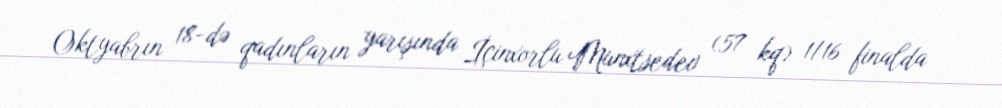
Oktyabrın 18-də qadınların yarışında İçinxorlu Munxtsedev (57 kq) 1/16 finalda